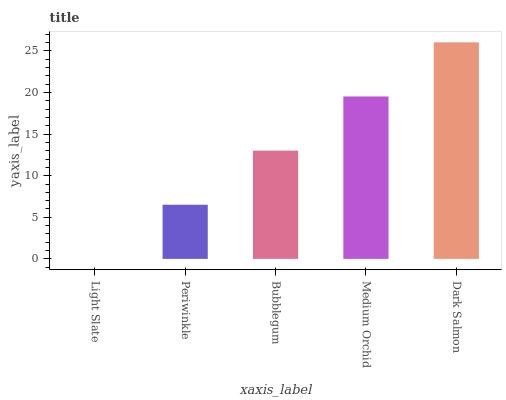
| xaxis_label | bars |
 | --- | --- |
 | Light Slate | 0 |
 | Periwinkle | 6.51 |
 | Bubblegum | 13 |
 | Medium Orchid | 19.5 |
 | Dark Salmon | 26 |